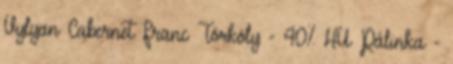
Vylyan Cabernet Franc Törköly - 40% HU Pálinka -